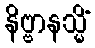
နိဗ္ဗာနသ္မိံ